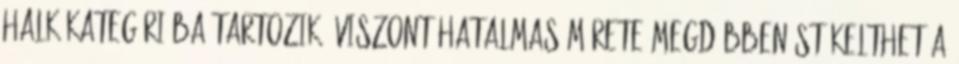
halk kategóriába tartozik, viszont hatalmas mérete megdöbbenést kelthet a